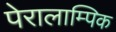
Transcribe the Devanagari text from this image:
पेरालाम्पिक